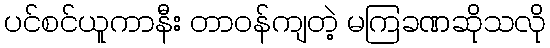
ပင်စင်ယူကာနီး တာဝန်ကျတဲ့ မကြခဏဆိုသလို